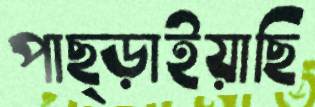
পাছ্‌ড়াইয়াছি